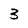
Character: 3